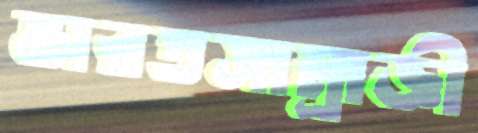
ভারতসাম্রাজ্ঞী